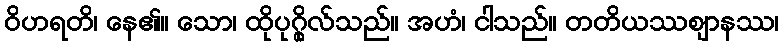
ဝိဟရတိ၊ နေ၏။ သော၊ ထိုပုဂ္ဂိုလ်သည်။ အဟံ၊ ငါသည်။ တတိယဿဈာနဿ၊